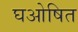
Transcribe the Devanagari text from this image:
घओषित